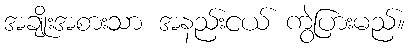
အချိုးအစားသာ အနည်းငယ် ကွဲပြားမည်။